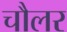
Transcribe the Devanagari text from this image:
चौलर